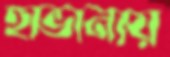
হাভানায়